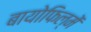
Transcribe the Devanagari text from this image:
बायोफिल्में